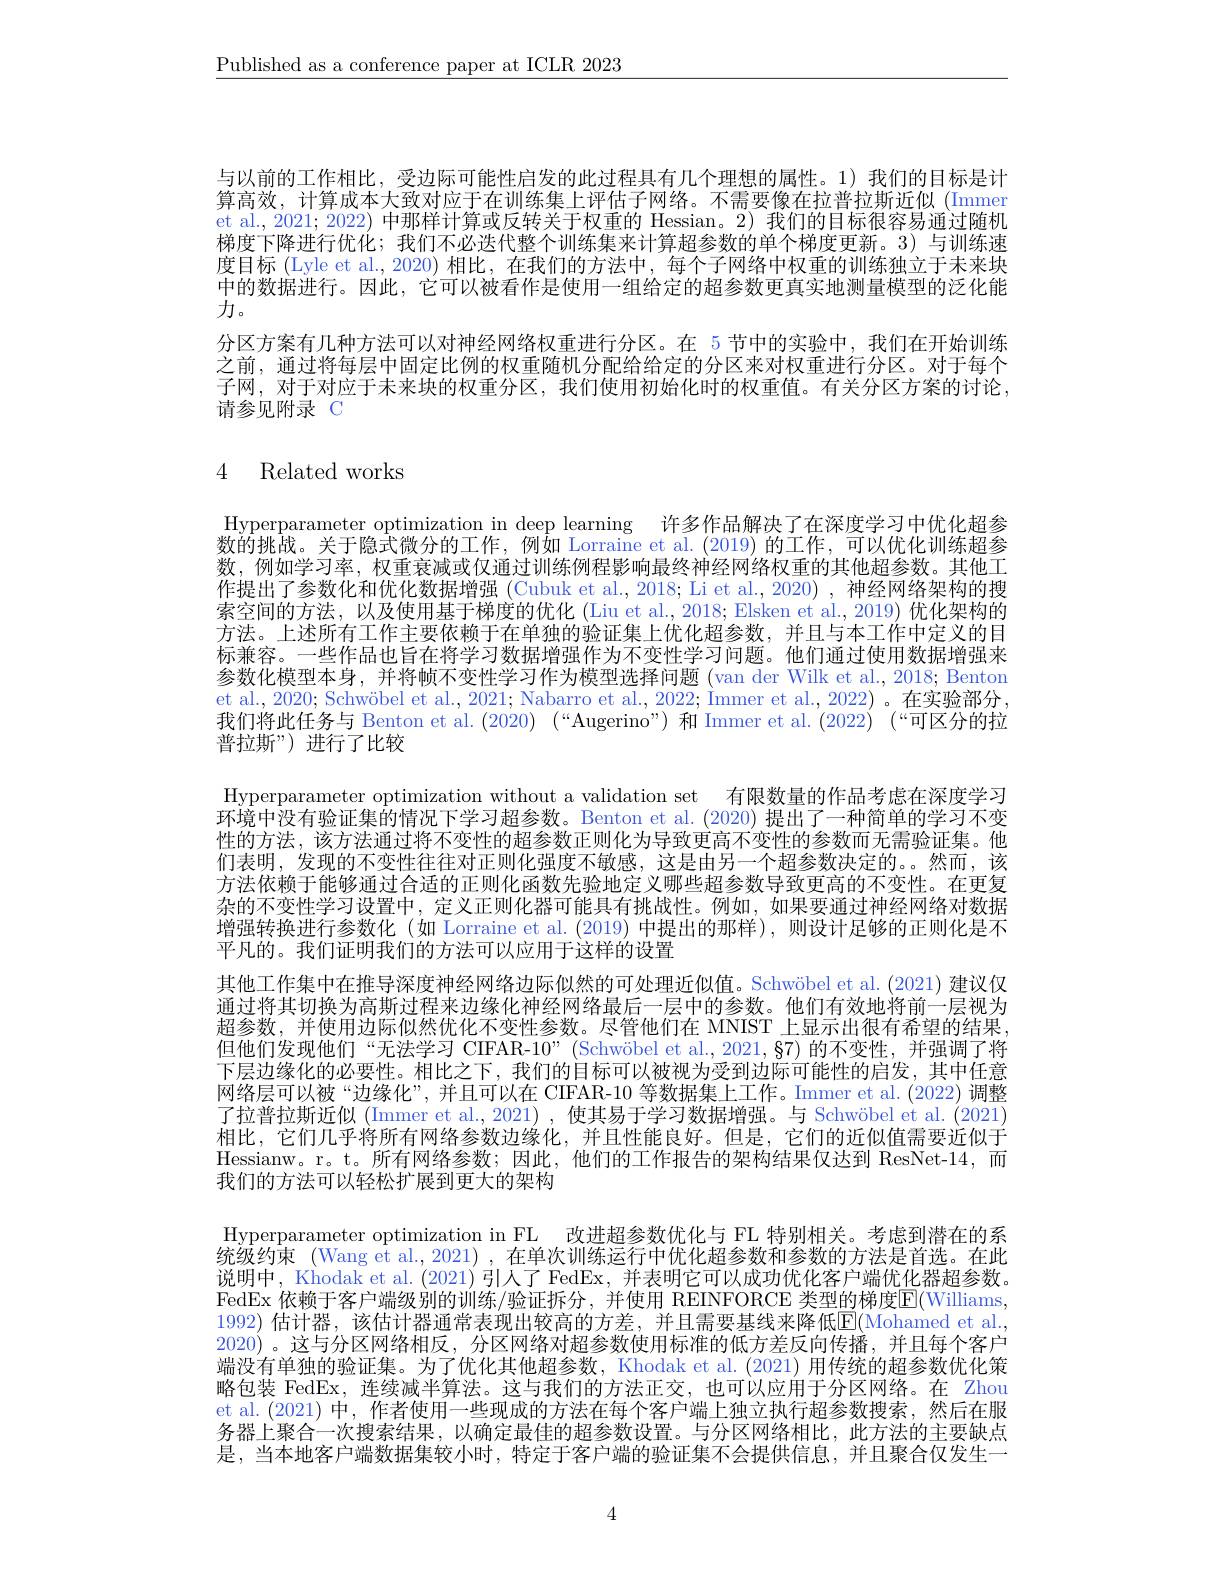
$\underline{\text{Published as a conference paper at ICLR 2023}}$

与以前的工作相比，受边际可能性启发的此过程具有几个理想的属性。1)我们的目标是计算高效，计算成本大致对应于在训练集上评估子网络。不需要像在拉普拉斯近似(Immer et al., 2021; 2022) 中那样计算或反转关于权重的 Hessian。2) 我们的目标很容易通过随机梯度下降进行优化；我们不必迭代整个训练集来计算超参数的单个梯度更新。3)与训练速度目标 (Lyle et al., 2020) 相比，在我们的方法中，每个子网络中权重的训练独立于未来块中的数据进行。因此，它可以被看作是使用一组给定的超参数更真实地测量模型的泛化能力。
分区方案有几种方法可以对神经网络权重进行分区。在 5 节中的实验中，我们在开始训练之前，通过将每层中固定比例的权重随机分配给给定的分区来对权重进行分区。对于每个子网，对于对应于未来块的权重分区，我们使用初始化时的权重值。有关分区方案的讨论， 请参见附录 C

# 4 Related works

$\operatorname*{Hyperparameter}$ optimization in deep learning 许多作品解决了在深度学习中优化超参数的挑战。关于隐式微分的工作，例如 Lorraine et al.(2019)的工作，可以优化训练超参数，例如学习率，权重衰减或仅通过训练例程影响最终神经网络权重的其他超参数。其他工作提出了参数化和优化数据增强 (Cubuk et al., 2018; Li et al., 2020) , 神经网络架构的搜索空间的方法，以及使用基于梯度的优化 (Liu et al., 2018; Elsken et al., 2019) 优化架构的方法。上述所有工作主要依赖于在单独的验证集上优化超参数，并且与本工作中定义的目标兼容。一些作品也旨在将学习数据增强作为不变性学习问题。他们通过使用数据增强来参数化模型本身，并将帧不变性学习作为模型选择问题(van der Wilk et al., 2018; Benton et al., 2020; Schwöbel et al., 2021; Nabarro et al., 2022; Immer et al., 2022) 。在实验部分， 我们将此任务与 Benton et al. (2020) $( “$Augerino") 和 Immer et al. (2022) $( “$可区分的拉普拉斯”)进行了比较
Hyperparameter optimization without a validation set 有限数量的作品考虑在深度学习环境中没有验证集的情况下学习超参数。Benton et al. (2020) 提出了一种简单的学习不变性的方法，该方法通过将不变性的超参数正则化为导致更高不变性的参数而无需验证集。他们表明，发现的不变性往往对正则化强度不敏感，这是由另一个超参数决定的。然而，该方法依赖于能够通过合适的正则化函数先验地定义哪些超参数导致更高的不变性。在更复杂的不变性学习设置中，定义正则化器可能具有挑战性。例如，如果要通过神经网络对数据增强转换进行参数化(如 Lorraine et al.(2019) 中提出的那样),则设计足够的正则化是不平凡的。我们证明我们的方法可以应用于这样的设置
其他工作集中在推导深度神经网络边际似然的可处理近似值。Schwöbel et al.(2021) 建议仅通过将其切换为高斯过程来边缘化神经网络最后一层中的参数。他们有效地将前一层视为超参数，并使用边际似然优化不变性参数。尽管他们在 MNIST 上显示出很有希望的结果， 但他们发现他们“无法学习 CIFAR-10”(Schwöbel et al.,2021,§7)的不变性，并强调了将下层边缘化的必要性。相比之下，我们的目标可以被视为受到边际可能性的启发，其中任意网络层可以被“边缘化”,并且可以在 CIFAR-10 等数据集上工作。Immer et al.(2022)调整了拉普拉斯近似(Immer et al.,2021),使其易于学习数据增强。与 Schwöbel et al. (2021) 相比，它们几乎将所有网络参数边缘化，并且性能良好。但是，它们的近似值需要近似于Hessianw。r。t。所 有 网 络 参 数 ; 因 此 , 他 们 的 工 作 报 告 的 架 构 结 果 仅 达 到 ResNet- 14, 而我们的方法可以轻松扩展到更大的架构
Hyperparameter optimization in FL 改进超参数优化与 FL 特别相关。考虑到潜在的系统级约束 (Wang et al., 2021) , 在单次训练运行中优化超参数和参数的方法是首选。在此说明中，Khodak et al. (2021) 引人了 FedEx, 并表明它可以成功优化客户端优化器超参数。FedEx 依赖于客户端级别的训练/验证拆分，并使用 REINFORCE 类型的梯度E(Williams, 1992) 估计器，该估计器通常表现出较高的方差，并且需要基线来降低$\mathbb{E}($Mohamed et al. 2020)。这与分区网络相反，分区网络对超参数使用标准的低方差反向传播，并且每个客户端没有单独的验证集。为了优化其他超参数，Khodak et al. (2021)用传统的超参数优化策略包装 FedEx, 连续减半算法。这与我们的方法正交，也可以应用于分区网络。在 Zhou et al.(2021) 中，作者使用一些现成的方法在每个客户端上独立执行超参数搜索，然后在服务器上聚合一次搜索结果，以确定最佳的超参数设置。与分区网络相比，此方法的主要缺点是，当本地客户端数据集较小时，特定于客户端的验证集不会提供信息，并且聚合仅发生一

4